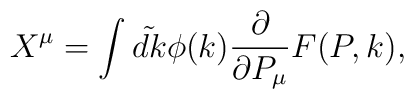
X^{\mu} = \int\tilde{dk}\phi(k){\frac{\partial}{{\partial P_{\mu}}}} F(P, k),